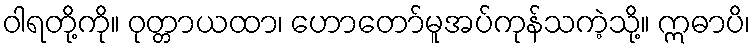
ဝါရတို့ကို။ ဝုတ္တာယထာ၊ ဟောတော်မူအပ်ကုန်သကဲ့သို့။ ဣဓာပိ၊